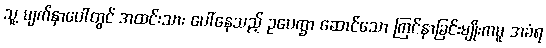
သူ့ မျက်နှာပေါ်တွင် အထင်းသား ပေါ်နေသည့် ဥပေက္ခာ ဆောင်သော ကြင်နာခြင်းမျိုးကမူ အခံရ